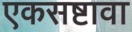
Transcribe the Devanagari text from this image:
एकसष्टावा